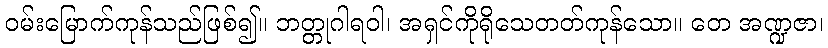
ဝမ်းမြောက်ကုန်သည်ဖြစ်၍။ ဘတ္တုဂါရဝါ၊ အရှင်ကိုရိုသေတတ်ကုန်သော။ တေ အဏ္ဍဇာ၊